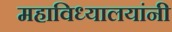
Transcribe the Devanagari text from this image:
महाविध्यालयांनी